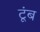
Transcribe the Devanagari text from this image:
टूंब